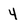
Character: 4